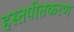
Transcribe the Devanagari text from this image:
हस्तपीतकरण